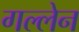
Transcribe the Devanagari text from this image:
गल्लेन